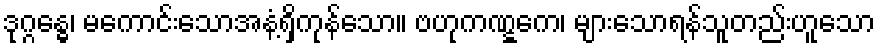
ဒုဂ္ဂန္ဓေ၊ မကောင်းသောအနံ့ရှိကုန်သော။ ဗဟုကဏ္ဋကေ၊ များသောရန်သူတည်းဟူသော